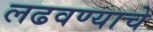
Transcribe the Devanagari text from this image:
लढवण्याचे